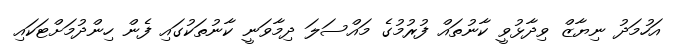
އަހުމަދު ނިޔާޒް ވިދާޅުވީ ކާނުތައް ފުރުމުގެ މައްސަލަ ދިމާވަނީ ކާނުތަކުގައި ފެން ހިންދުމަށްޓަކައި